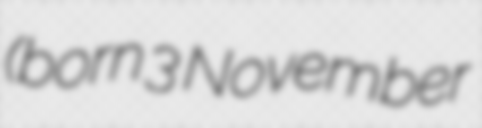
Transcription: (born 3 November